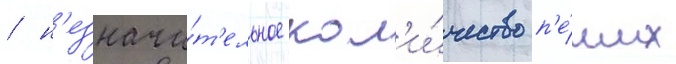
/ н'езначи́т'ельное кол'и́чество п'е́ших